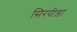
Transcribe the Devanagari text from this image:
सिरपीड़ा